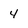
Character: 4